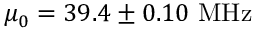
\mu _ { 0 } = 3 9 . 4 \pm 0 . 1 0 ~ \mathrm { M H z }